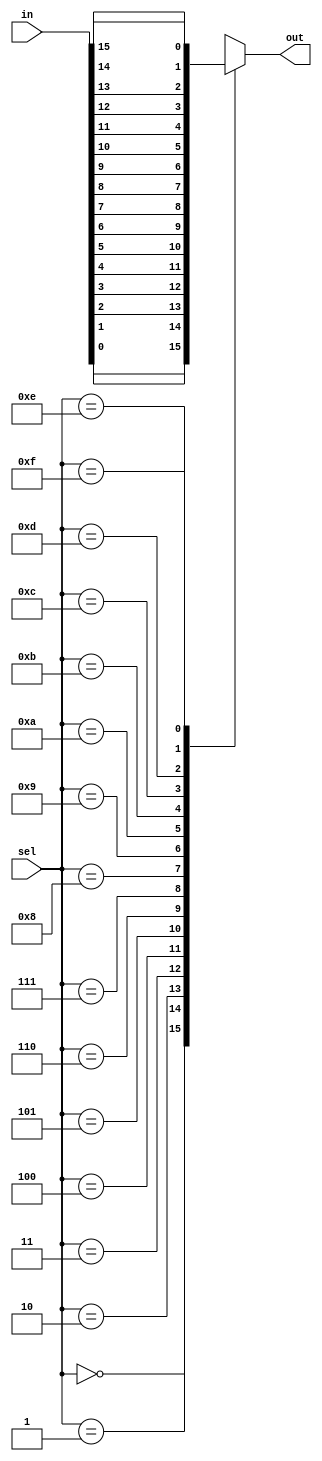
module Mux16to1(
	input [15:0] in,
	input [3:0] sel,
	output out);

	reg sel_o;
	assign out = sel_o;

	always@(*) begin
		case (sel)
			5'd0:begin
				sel_o = in[0];
				end
			5'd1:begin
				sel_o = in[1];
				end
			5'd2:begin
				sel_o = in[2];
				end
			5'd3:begin
				sel_o = in[3];
				end
			5'd4:begin
				sel_o = in[4];
				end
			5'd5:begin
				sel_o = in[5];
				end
			5'd6:begin
				sel_o = in[6];
				end
			5'd7:begin
				sel_o = in[7];
				end
			5'd8:begin
				sel_o = in[8];
				end
			5'd9:begin
				sel_o = in[9];
				end
			5'd10:begin
				sel_o = in[10];
				end
			5'd11:begin
				sel_o = in[11];
				end
			5'd12:begin
				sel_o = in[12];
				end
			5'd13:begin
				sel_o = in[13];
				end
			5'd14:begin
				sel_o = in[14];
				end
			5'd15:begin
				sel_o = in[15];
				end
		endcase
	end

endmodule